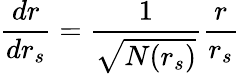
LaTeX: \frac{dr}{dr_{s}}=\frac{1}{\sqrt{N(r_{s})}}\frac{r}{r_{s}}